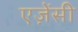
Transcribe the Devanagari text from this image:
एज़ेंसी